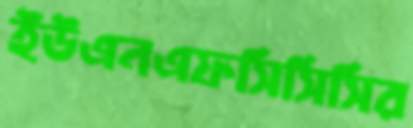
ইউএনএফসিসিসির